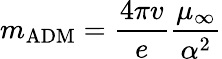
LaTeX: m_{\mathrm{ADM}}=\frac{4\pi v}{e}\frac{\mu_{\infty}}{\alpha^{2}}